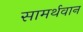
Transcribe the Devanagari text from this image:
सामर्थवान